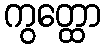
ကွတ္ထော